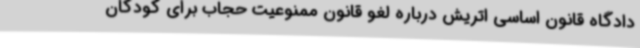
دادگاه قانون اساسی اتریش درباره لغو قانون ممنوعیت حجاب برای کودکان